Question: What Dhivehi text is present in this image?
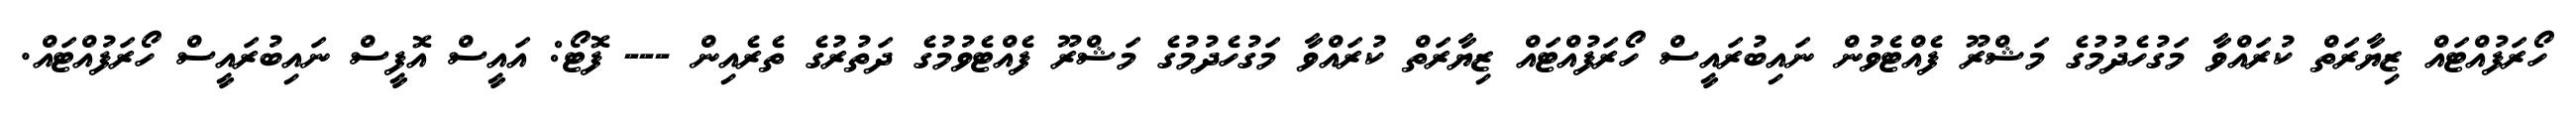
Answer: ހޯރަފުއްޓައް ޒިޔާރަތް ކުރައްވާ މަގުހެދުމުގެ މަޝްރޫ ފެއްޓެވުން ނައިބުރައީސް ހޯރަފުއްޓައް ޒިޔާރަތް ކުރައްވާ މަގުހެދުމުގެ މަޝްރޫ ފެއްޓެވުމުގެ ދަތުރުގެ ތެރެއިން --- ފޮޓޯ: އައީސް އޮފީސް ނައިބުރައީސް ހޯރަފުއްޓައް.